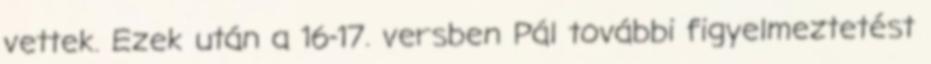
vettek. Ezek után a 16-17. versben Pál további figyelmeztetést